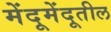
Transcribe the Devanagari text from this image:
मेंदूमेंदूतील